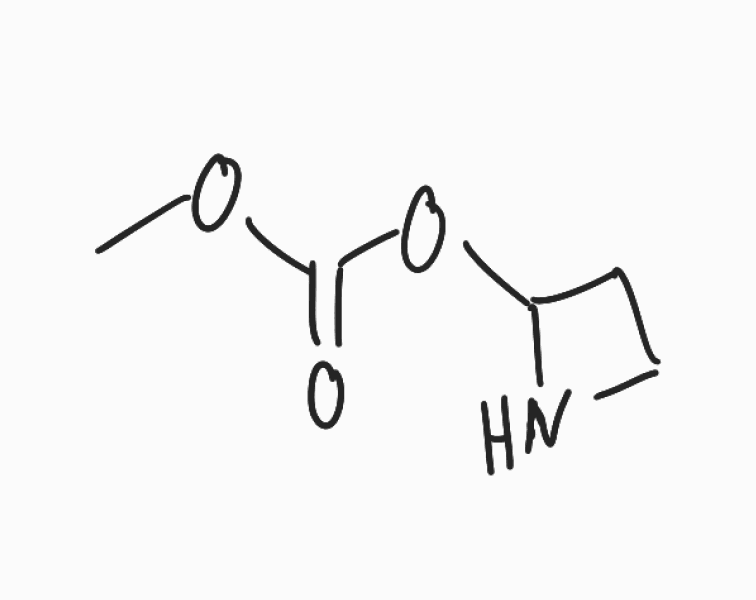
Simplified molecular-input line-entry system (SMILES) notation of the given molecule:
COC(=O)OC1CCN1